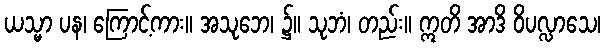
ယသ္မာ ပန၊ ကြောင့်ကား။ အသုဘေ၊ ၌။ သုဘံ၊ တည်း။ ဣတိ အာဒိ ဝိပလ္လာသေ၊